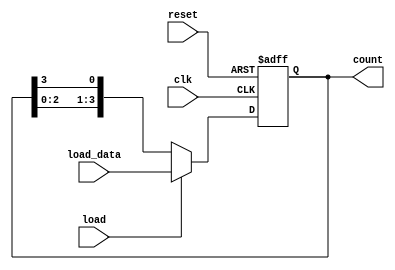
module LoadableRingCounter (
    input wire clk,              // Clock signal
    input wire reset,            // Asynchronous reset
    input wire load,             // Load control signal
    input wire [N-1:0] load_data, // Data input for loading
    output reg [N-1:0] count     // Current count output
);
    parameter N = 4; // Number of bits in the ring counter

    always @(posedge clk or posedge reset) begin
        if (reset) begin
            count <= {N{1'b0}}; // Reset the counter to 0
        end else if (load) begin
            count <= load_data; // Load the new value into the counter
        end else begin
            // Ring counting mode
            count <= {count[N-2:0], count[N-1]}; // Shift left and feed back last bit
        end
    end
endmodule